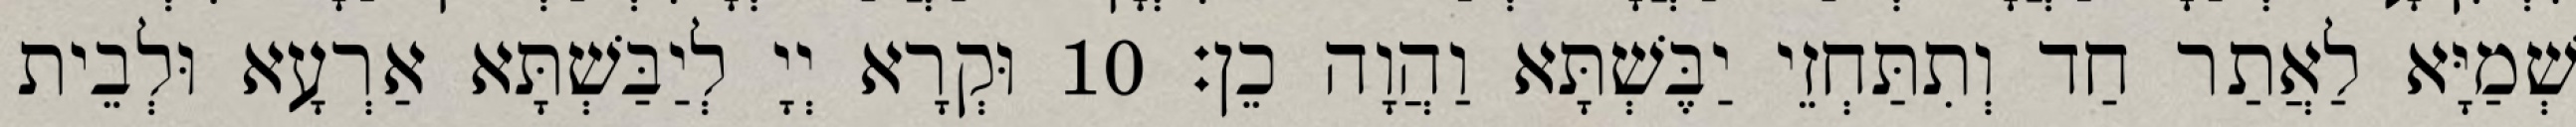
שְׁמַיָּא לַאֲתַר חַד וְתִתַּחְזֵי יַבֶּשְׁתָּא וַהֲוָה כֵן׃ 10 וּקְרָא יְיָ לְיַבַּשְׁתָּא אַרְעָא וּלְבֵית